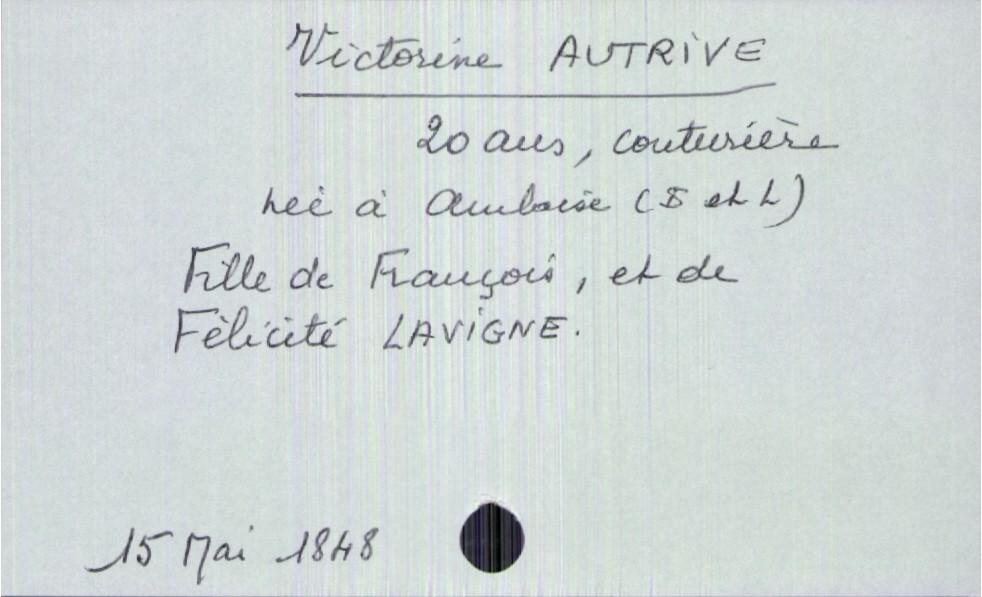
type_acte: Décès
année: 15
mois: mai
jour: 1848
défunt_nom: Autrive
défunt_prénom: Victorine
défunt_sexe: F
défunt_âge: 20 ans
défunt_lieu_de_naissance: Amboise (Indre et Loire)
père_défunt_nom: Autrive
père_défunt_prénom: François
mère_défunt_nom: Lavigne
mère_défunt_prénom: Félicité